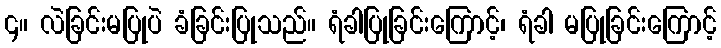
၄။ လဲခြင်းမပြုပဲ ခံခြင်းပြုသည်။ ရံခါပြုခြင်းကြောင့်၊ ရံခါ မပြုခြင်းကြောင့်